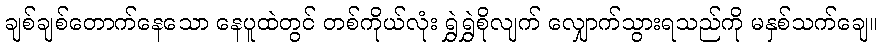
ချစ်ချစ်တောက်နေသော နေပူထဲတွင် တစ်ကိုယ်လုံး ရွှဲရွှဲစိုလျက် လျှောက်သွားရသည်ကို မနှစ်သက်ချေ။